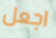
اجعل